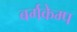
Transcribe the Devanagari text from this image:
बर्गकेम्प